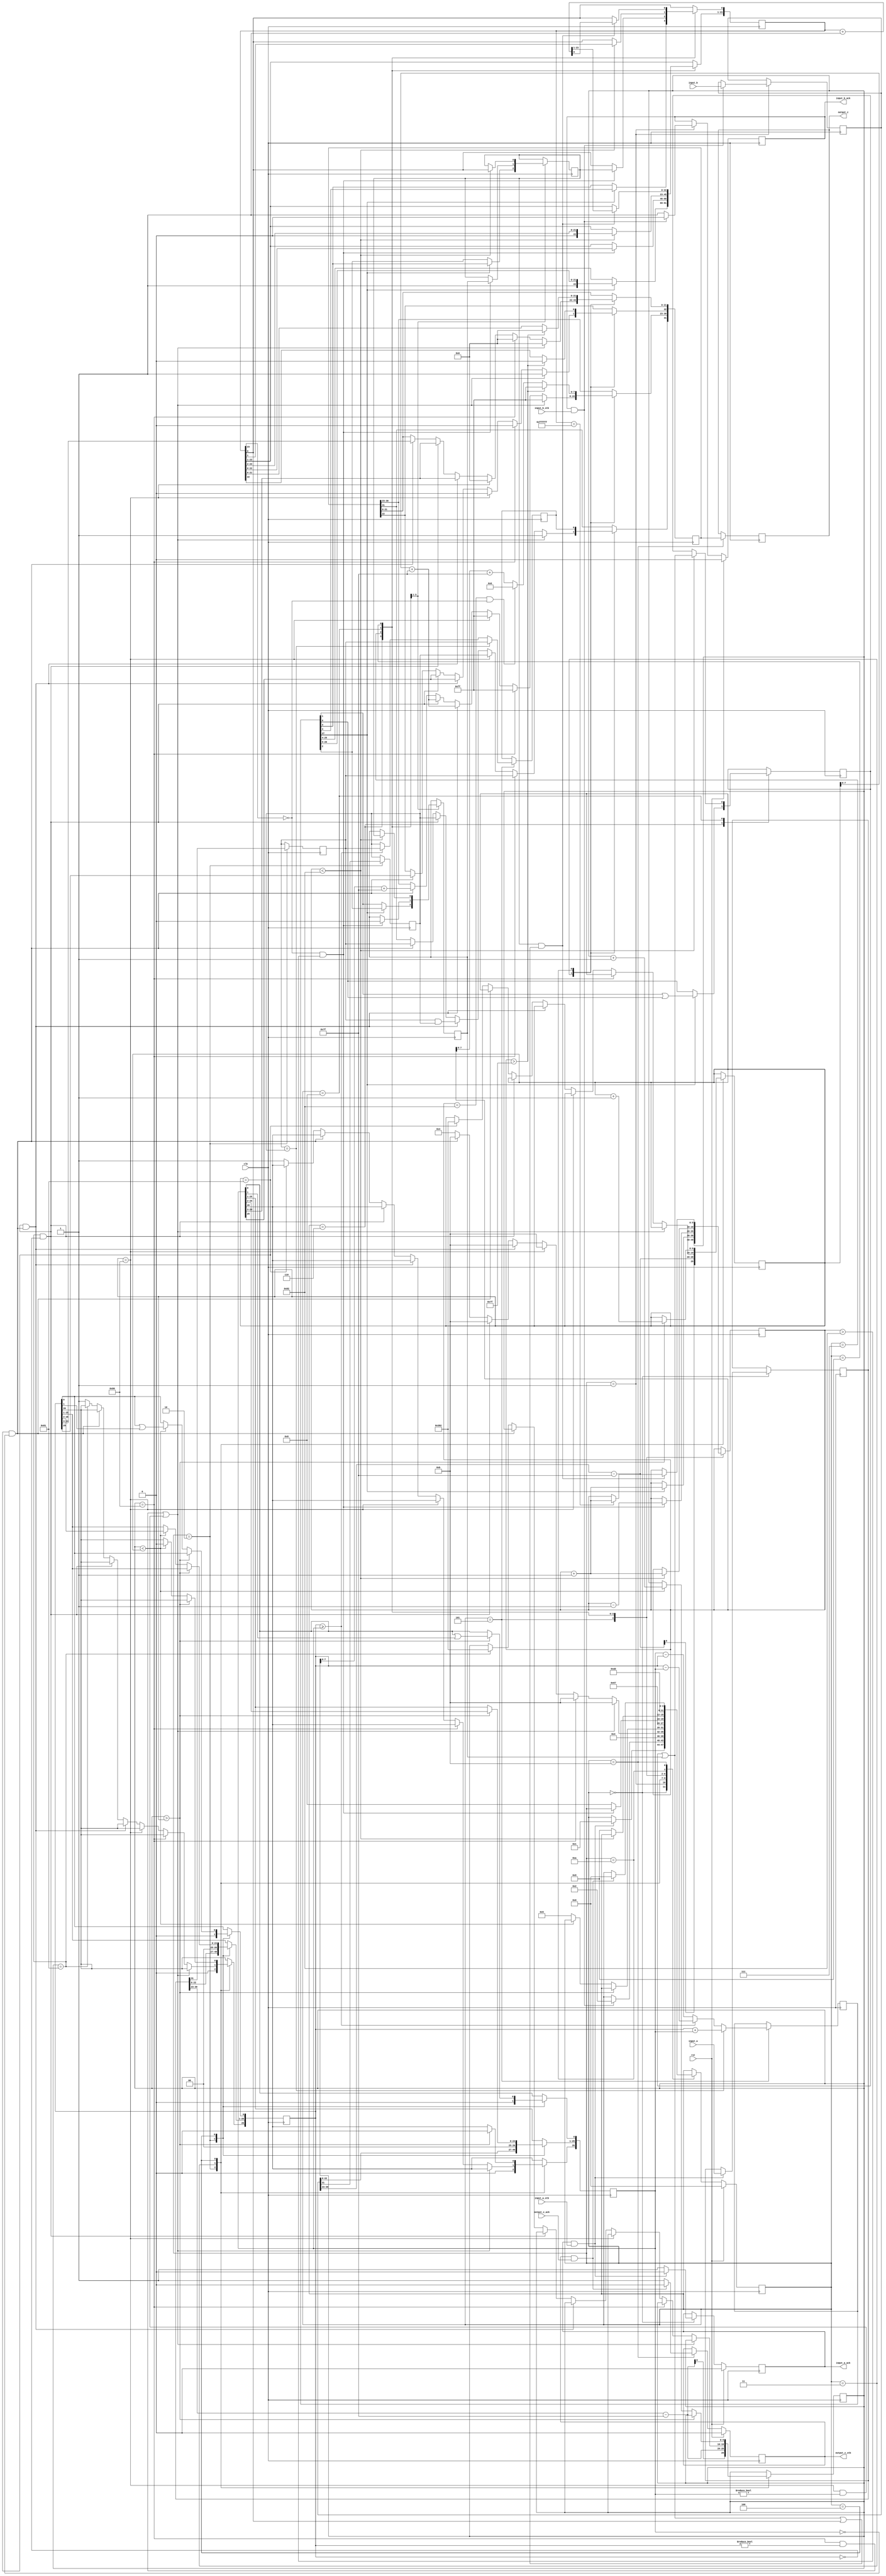
//IEEE Floating Point Adder (Single Precision)
//Copyright (C) Jonathan P Dawson 2013
//2013-12-12

module adder(
        input_a,
        input_b,
        input_a_stb,
        input_b_stb,
        output_z_ack,
        clk,
        rst,
        output_z,
        output_z_stb,
        input_a_ack,
        input_b_ack);

  input     clk;
  input     rst;

  input     [31:0] input_a;
  input     input_a_stb;
  output    input_a_ack;

  input     [31:0] input_b;
  input     input_b_stb;
  output    input_b_ack;

  output    [31:0] output_z;
  output    output_z_stb;
  input     output_z_ack;

  reg       s_output_z_stb;
  reg       [31:0] s_output_z;
  reg       s_input_a_ack;
  reg       s_input_b_ack;

  reg       [3:0] state;
  parameter get_a         = 4'd0,
            get_b         = 4'd1,
            unpack        = 4'd2,
            special_cases = 4'd3,
            align         = 4'd4,
            add_0         = 4'd5,
            add_1         = 4'd6,
            normalise_1   = 4'd7,
            normalise_2   = 4'd8,
            round         = 4'd9,
            pack          = 4'd10,
            put_z         = 4'd11;

  reg       [31:0] a, b, z;
  reg       [26:0] a_m, b_m;
  reg       [23:0] z_m;
  reg       [9:0] a_e, b_e, z_e;
  reg       a_s, b_s, z_s;
  reg       guard, round_bit, sticky;
  reg       [27:0] sum;

  always @(posedge clk)
  begin

    case(state)

      get_a:
      begin
        s_input_a_ack <= 1;
        if (s_input_a_ack && input_a_stb) begin
          a <= input_a;
          s_input_a_ack <= 0;
          state <= get_b;
        end
      end

      get_b:
      begin
        s_input_b_ack <= 1;
        if (s_input_b_ack && input_b_stb) begin
          b <= input_b;
          s_input_b_ack <= 0;
          state <= unpack;
        end
      end

      unpack:
      begin
        a_m <= {a[22 : 0], 3'd0};
        b_m <= {b[22 : 0], 3'd0};
        a_e <= a[30 : 23] - 127;
        b_e <= b[30 : 23] - 127;
        a_s <= a[31];
        b_s <= b[31];
        state <= special_cases;
      end

      special_cases:
      begin
        //if a is NaN or b is NaN return NaN
        if ((a_e == 128 && a_m != 0) || (b_e == 128 && b_m != 0)) begin
          z[31] <= 1;
          z[30:23] <= 255;
          z[22] <= 1;
          z[21:0] <= 0;
          state <= put_z;
        //if a is inf return inf
        end else if (a_e == 128) begin
          z[31] <= a_s;
          z[30:23] <= 255;
          z[22:0] <= 0;
          state <= put_z;
        //if b is inf return inf
        end else if (b_e == 128) begin
          z[31] <= b_s;
          z[30:23] <= 255;
          z[22:0] <= 0;
          state <= put_z;
        //if a is zero return b
        end else if ((($signed(a_e) == -127) && (a_m == 0)) && (($signed(b_e) == -127) && (b_m == 0))) begin
          z[31] <= a_s & b_s;
          z[30:23] <= b_e[7:0] + 127;
          z[22:0] <= b_m[26:3];
          state <= put_z;
        //if a is zero return b
        end else if (($signed(a_e) == -127) && (a_m == 0)) begin
          z[31] <= b_s;
          z[30:23] <= b_e[7:0] + 127;
          z[22:0] <= b_m[26:3];
          state <= put_z;
        //if b is zero return a
        end else if (($signed(b_e) == -127) && (b_m == 0)) begin
          z[31] <= a_s;
          z[30:23] <= a_e[7:0] + 127;
          z[22:0] <= a_m[26:3];
          state <= put_z;
        end else begin
          //Denormalised Number
          if ($signed(a_e) == -127) begin
            a_e <= -126;
          end else begin
            a_m[26] <= 1;
          end
          //Denormalised Number
          if ($signed(b_e) == -127) begin
            b_e <= -126;
          end else begin
            b_m[26] <= 1;
          end
          state <= align;
        end
      end

      align:
      begin
        if ($signed(a_e) > $signed(b_e)) begin
          b_e <= b_e + 1;
          b_m <= b_m >> 1;
          b_m[0] <= b_m[0] | b_m[1];
        end else if ($signed(a_e) < $signed(b_e)) begin
          a_e <= a_e + 1;
          a_m <= a_m >> 1;
          a_m[0] <= a_m[0] | a_m[1];
        end else begin
          state <= add_0;
        end
      end

      add_0:
      begin
        z_e <= a_e;
        if (a_s == b_s) begin
          sum <= a_m + b_m;
          z_s <= a_s;
        end else begin
          if (a_m >= b_m) begin
            sum <= a_m - b_m;
            z_s <= a_s;
          end else begin
            sum <= b_m - a_m;
            z_s <= b_s;
          end
        end
        state <= add_1;
      end

      add_1:
      begin
        if (sum[27]) begin
          z_m <= sum[27:4];
          guard <= sum[3];
          round_bit <= sum[2];
          sticky <= sum[1] | sum[0];
          z_e <= z_e + 1;
        end else begin
          z_m <= sum[26:3];
          guard <= sum[2];
          round_bit <= sum[1];
          sticky <= sum[0];
        end
        state <= normalise_1;
      end

      normalise_1:
      begin
        if (z_m[23] == 0 && $signed(z_e) > -126) begin
          z_e <= z_e - 1;
          z_m <= z_m << 1;
          z_m[0] <= guard;
          guard <= round_bit;
          round_bit <= 0;
        end else begin
          state <= normalise_2;
        end
      end

      normalise_2:
      begin
        if ($signed(z_e) < -126) begin
          z_e <= z_e + 1;
          z_m <= z_m >> 1;
          guard <= z_m[0];
          round_bit <= guard;
          sticky <= sticky | round_bit;
        end else begin
          state <= round;
        end
      end

      round:
      begin
        if (guard && (round_bit | sticky | z_m[0])) begin
          z_m <= z_m + 1;
          if (z_m == 24'hffffff) begin
            z_e <=z_e + 1;
          end
        end
        state <= pack;
      end

      pack:
      begin
        z[22 : 0] <= z_m[22:0];
        z[30 : 23] <= z_e[7:0] + 127;
        z[31] <= z_s;
        if ($signed(z_e) == -126 && z_m[23] == 0) begin
          z[30 : 23] <= 0;
        end
        //if overflow occurs, return inf
        if ($signed(z_e) > 127) begin
          z[22 : 0] <= 0;
          z[30 : 23] <= 255;
          z[31] <= z_s;
        end
        state <= put_z;
      end

      put_z:
      begin
        s_output_z_stb <= 1;
        s_output_z <= z;
        if (s_output_z_stb && output_z_ack) begin
          s_output_z_stb <= 0;
          state <= get_a;
        end
      end

    endcase

    if (rst == 1) begin
      state <= get_a;
      s_input_a_ack <= 0;
      s_input_b_ack <= 0;
      s_output_z_stb <= 0;
    end

  end
  assign input_a_ack = s_input_a_ack;
  assign input_b_ack = s_input_b_ack;
  assign output_z_stb = s_output_z_stb;
  assign output_z = s_output_z;

endmodule

//IEEE Floating Point Divider (Single Precision)
//Copyright (C) Jonathan P Dawson 2013
//2013-12-12
//
module divider(
        input_a,
        input_b,
        input_a_stb,
        input_b_stb,
        output_z_ack,
        clk,
        rst,
        output_z,
        output_z_stb,
        input_a_ack,
        input_b_ack);

  input     clk;
  input     rst;

  input     [31:0] input_a;
  input     input_a_stb;
  output    input_a_ack;

  input     [31:0] input_b;
  input     input_b_stb;
  output    input_b_ack;

  output    [31:0] output_z;
  output    output_z_stb;
  input     output_z_ack;

  reg       s_output_z_stb;
  reg       [31:0] s_output_z;
  reg       s_input_a_ack;
  reg       s_input_b_ack;

  reg       [3:0] state;
  parameter get_a         = 4'd0,
            get_b         = 4'd1,
            unpack        = 4'd2,
            special_cases = 4'd3,
            normalise_a   = 4'd4,
            normalise_b   = 4'd5,
            divide_0      = 4'd6,
            divide_1      = 4'd7,
            divide_2      = 4'd8,
            divide_3      = 4'd9,
            normalise_1   = 4'd10,
            normalise_2   = 4'd11,
            round         = 4'd12,
            pack          = 4'd13,
            put_z         = 4'd14;

  reg       [31:0] a, b, z;
  reg       [23:0] a_m, b_m, z_m;
  reg       [9:0] a_e, b_e, z_e;
  reg       a_s, b_s, z_s;
  reg       guard, round_bit, sticky;
  reg       [50:0] quotient, divisor, dividend, remainder;
  reg       [5:0] count;

  always @(posedge clk)
  begin

    case(state)

      get_a:
      begin
        s_input_a_ack <= 1;
        if (s_input_a_ack && input_a_stb) begin
          a <= input_a;
          s_input_a_ack <= 0;
          state <= get_b;
        end
      end

      get_b:
      begin
        s_input_b_ack <= 1;
        if (s_input_b_ack && input_b_stb) begin
          b <= input_b;
          s_input_b_ack <= 0;
          state <= unpack;
        end
      end

      unpack:
      begin
        a_m <= a[22 : 0];
        b_m <= b[22 : 0];
        a_e <= a[30 : 23] - 127;
        b_e <= b[30 : 23] - 127;
        a_s <= a[31];
        b_s <= b[31];
        state <= special_cases;
      end

      special_cases:
      begin
        //if a is NaN or b is NaN return NaN
        if ((a_e == 128 && a_m != 0) || (b_e == 128 && b_m != 0)) begin
          z[31] <= 1;
          z[30:23] <= 255;
          z[22] <= 1;
          z[21:0] <= 0;
          state <= put_z;
          //if a is inf and b is inf return NaN
        end else if ((a_e == 128) && (b_e == 128)) begin
          z[31] <= 1;
          z[30:23] <= 255;
          z[22] <= 1;
          z[21:0] <= 0;
          state <= put_z;
        //if a is inf return inf
        end else if (a_e == 128) begin
          z[31] <= a_s ^ b_s;
          z[30:23] <= 255;
          z[22:0] <= 0;
          state <= put_z;
           //if b is zero return NaN
          if ($signed(b_e == -127) && (b_m == 0)) begin
            z[31] <= 1;
            z[30:23] <= 255;
            z[22] <= 1;
            z[21:0] <= 0;
            state <= put_z;
          end
        //if b is inf return zero
        end else if (b_e == 128) begin
          z[31] <= a_s ^ b_s;
          z[30:23] <= 0;
          z[22:0] <= 0;
          state <= put_z;
        //if a is zero return zero
        end else if (($signed(a_e) == -127) && (a_m == 0)) begin
          z[31] <= a_s ^ b_s;
          z[30:23] <= 0;
          z[22:0] <= 0;
          state <= put_z;
           //if b is zero return NaN
          if (($signed(b_e) == -127) && (b_m == 0)) begin
            z[31] <= 1;
            z[30:23] <= 255;
            z[22] <= 1;
            z[21:0] <= 0;
            state <= put_z;
          end
        //if b is zero return inf
        end else if (($signed(b_e) == -127) && (b_m == 0)) begin
          z[31] <= a_s ^ b_s;
          z[30:23] <= 255;
          z[22:0] <= 0;
          state <= put_z;
        end else begin
          //Denormalised Number
          if ($signed(a_e) == -127) begin
            a_e <= -126;
          end else begin
            a_m[23] <= 1;
          end
          //Denormalised Number
          if ($signed(b_e) == -127) begin
            b_e <= -126;
          end else begin
            b_m[23] <= 1;
          end
          state <= normalise_a;
        end
      end

      normalise_a:
      begin
        if (a_m[23]) begin
          state <= normalise_b;
        end else begin
          a_m <= a_m << 1;
          a_e <= a_e - 1;
        end
      end

      normalise_b:
      begin
        if (b_m[23]) begin
          state <= divide_0;
        end else begin
          b_m <= b_m << 1;
          b_e <= b_e - 1;
        end
      end

      divide_0:
      begin
        z_s <= a_s ^ b_s;
        z_e <= a_e - b_e;
        quotient <= 0;
        remainder <= 0;
        count <= 0;
        dividend <= a_m << 27;
        divisor <= b_m;
        state <= divide_1;
      end

      divide_1:
      begin
        quotient <= quotient << 1;
        remainder <= remainder << 1;
        remainder[0] <= dividend[50];
        dividend <= dividend << 1;
        state <= divide_2;
      end

      divide_2:
      begin
        if (remainder >= divisor) begin
          quotient[0] <= 1;
          remainder <= remainder - divisor;
        end
        if (count == 49) begin
          state <= divide_3;
        end else begin
          count <= count + 1;
          state <= divide_1;
        end
      end

      divide_3:
      begin
        z_m <= quotient[26:3];
        guard <= quotient[2];
        round_bit <= quotient[1];
        sticky <= quotient[0] | (remainder != 0);
        state <= normalise_1;
      end

      normalise_1:
      begin
        if (z_m[23] == 0 && $signed(z_e) > -126) begin
          z_e <= z_e - 1;
          z_m <= z_m << 1;
          z_m[0] <= guard;
          guard <= round_bit;
          round_bit <= 0;
        end else begin
          state <= normalise_2;
        end
      end

      normalise_2:
      begin
        if ($signed(z_e) < -126) begin
          z_e <= z_e + 1;
          z_m <= z_m >> 1;
          guard <= z_m[0];
          round_bit <= guard;
          sticky <= sticky | round_bit;
        end else begin
          state <= round;
        end
      end

      round:
      begin
        if (guard && (round_bit | sticky | z_m[0])) begin
          z_m <= z_m + 1;
          if (z_m == 24'hffffff) begin
            z_e <=z_e + 1;
          end
        end
        state <= pack;
      end

      pack:
      begin
        z[22 : 0] <= z_m[22:0];
        z[30 : 23] <= z_e[7:0] + 127;
        z[31] <= z_s;
        if ($signed(z_e) == -126 && z_m[23] == 0) begin
          z[30 : 23] <= 0;
        end
        //if overflow occurs, return inf
        if ($signed(z_e) > 127) begin
          z[22 : 0] <= 0;
          z[30 : 23] <= 255;
          z[31] <= z_s;
        end
        state <= put_z;
      end

      put_z:
      begin
        s_output_z_stb <= 1;
        s_output_z <= z;
        if (s_output_z_stb && output_z_ack) begin
          s_output_z_stb <= 0;
          state <= get_a;
        end
      end

    endcase

    if (rst == 1) begin
      state <= get_a;
      s_input_a_ack <= 0;
      s_input_b_ack <= 0;
      s_output_z_stb <= 0;
    end

  end
  assign input_a_ack = s_input_a_ack;
  assign input_b_ack = s_input_b_ack;
  assign output_z_stb = s_output_z_stb;
  assign output_z = s_output_z;

endmodule

//IEEE Floating Point Multiplier (Single Precision)
//Copyright (C) Jonathan P Dawson 2013
//2013-12-12
module multiplier(
        input_a,
        input_b,
        input_a_stb,
        input_b_stb,
        output_z_ack,
        clk,
        rst,
        output_z,
        output_z_stb,
        input_a_ack,
        input_b_ack);

  input     clk;
  input     rst;

  input     [31:0] input_a;
  input     input_a_stb;
  output    input_a_ack;

  input     [31:0] input_b;
  input     input_b_stb;
  output    input_b_ack;

  output    [31:0] output_z;
  output    output_z_stb;
  input     output_z_ack;

  reg       s_output_z_stb;
  reg       [31:0] s_output_z;
  reg       s_input_a_ack;
  reg       s_input_b_ack;

  reg       [3:0] state;
  parameter get_a         = 4'd0,
            get_b         = 4'd1,
            unpack        = 4'd2,
            special_cases = 4'd3,
            normalise_a   = 4'd4,
            normalise_b   = 4'd5,
            multiply_0    = 4'd6,
            multiply_1    = 4'd7,
            normalise_1   = 4'd8,
            normalise_2   = 4'd9,
            round         = 4'd10,
            pack          = 4'd11,
            put_z         = 4'd12;

  reg       [31:0] a, b, z;
  reg       [23:0] a_m, b_m, z_m;
  reg       [9:0] a_e, b_e, z_e;
  reg       a_s, b_s, z_s;
  reg       guard, round_bit, sticky;
  reg       [49:0] product;

  always @(posedge clk)
  begin

    case(state)

      get_a:
      begin
        s_input_a_ack <= 1;
        if (s_input_a_ack && input_a_stb) begin
          a <= input_a;
          s_input_a_ack <= 0;
          state <= get_b;
        end
      end

      get_b:
      begin
        s_input_b_ack <= 1;
        if (s_input_b_ack && input_b_stb) begin
          b <= input_b;
          s_input_b_ack <= 0;
          state <= unpack;
        end
      end

      unpack:
      begin
        a_m <= a[22 : 0];
        b_m <= b[22 : 0];
        a_e <= a[30 : 23] - 127;
        b_e <= b[30 : 23] - 127;
        a_s <= a[31];
        b_s <= b[31];
        state <= special_cases;
      end

      special_cases:
      begin
        //if a is NaN or b is NaN return NaN
        if ((a_e == 128 && a_m != 0) || (b_e == 128 && b_m != 0)) begin
          z[31] <= 1;
          z[30:23] <= 255;
          z[22] <= 1;
          z[21:0] <= 0;
          state <= put_z;
        //if a is inf return inf
        end else if (a_e == 128) begin
          z[31] <= a_s ^ b_s;
          z[30:23] <= 255;
          z[22:0] <= 0;
          state <= put_z;
           //if b is zero return NaN
          if ($signed(b_e == -127) && (b_m == 0)) begin
            z[31] <= 1;
            z[30:23] <= 255;
            z[22] <= 1;
            z[21:0] <= 0;
            state <= put_z;
          end
        //if b is inf return inf
        end else if (b_e == 128) begin
          z[31] <= a_s ^ b_s;
          z[30:23] <= 255;
          z[22:0] <= 0;
          state <= put_z;
        //if a is zero return zero
        end else if (($signed(a_e) == -127) && (a_m == 0)) begin
          z[31] <= a_s ^ b_s;
          z[30:23] <= 0;
          z[22:0] <= 0;
          state <= put_z;
        //if b is zero return zero
        end else if (($signed(b_e) == -127) && (b_m == 0)) begin
          z[31] <= a_s ^ b_s;
          z[30:23] <= 0;
          z[22:0] <= 0;
          state <= put_z;
        end else begin
          //Denormalised Number
          if ($signed(a_e) == -127) begin
            a_e <= -126;
          end else begin
            a_m[23] <= 1;
          end
          //Denormalised Number
          if ($signed(b_e) == -127) begin
            b_e <= -126;
          end else begin
            b_m[23] <= 1;
          end
          state <= normalise_a;
        end
      end

      normalise_a:
      begin
        if (a_m[23]) begin
          state <= normalise_b;
        end else begin
          a_m <= a_m << 1;
          a_e <= a_e - 1;
        end
      end

      normalise_b:
      begin
        if (b_m[23]) begin
          state <= multiply_0;
        end else begin
          b_m <= b_m << 1;
          b_e <= b_e - 1;
        end
      end

      multiply_0:
      begin
        z_s <= a_s ^ b_s;
        z_e <= a_e + b_e + 1;
        product <= a_m * b_m * 4;
        state <= multiply_1;
      end

      multiply_1:
      begin
        z_m <= product[49:26];
        guard <= product[25];
        round_bit <= product[24];
        sticky <= (product[23:0] != 0);
        state <= normalise_1;
      end

      normalise_1:
      begin
        if (z_m[23] == 0) begin
          z_e <= z_e - 1;
          z_m <= z_m << 1;
          z_m[0] <= guard;
          guard <= round_bit;
          round_bit <= 0;
        end else begin
          state <= normalise_2;
        end
      end

      normalise_2:
      begin
        if ($signed(z_e) < -126) begin
          z_e <= z_e + 1;
          z_m <= z_m >> 1;
          guard <= z_m[0];
          round_bit <= guard;
          sticky <= sticky | round_bit;
        end else begin
          state <= round;
        end
      end

      round:
      begin
        if (guard && (round_bit | sticky | z_m[0])) begin
          z_m <= z_m + 1;
          if (z_m == 24'hffffff) begin
            z_e <=z_e + 1;
          end
        end
        state <= pack;
      end

      pack:
      begin
        z[22 : 0] <= z_m[22:0];
        z[30 : 23] <= z_e[7:0] + 127;
        z[31] <= z_s;
        if ($signed(z_e) == -126 && z_m[23] == 0) begin
          z[30 : 23] <= 0;
        end
        //if overflow occurs, return inf
        if ($signed(z_e) > 127) begin
          z[22 : 0] <= 0;
          z[30 : 23] <= 255;
          z[31] <= z_s;
        end
        state <= put_z;
      end

      put_z:
      begin
        s_output_z_stb <= 1;
        s_output_z <= z;
        if (s_output_z_stb && output_z_ack) begin
          s_output_z_stb <= 0;
          state <= get_a;
        end
      end

    endcase

    if (rst == 1) begin
      state <= get_a;
      s_input_a_ack <= 0;
      s_input_b_ack <= 0;
      s_output_z_stb <= 0;
    end

  end
  assign input_a_ack = s_input_a_ack;
  assign input_b_ack = s_input_b_ack;
  assign output_z_stb = s_output_z_stb;
  assign output_z = s_output_z;

endmodule

//IEEE Floating Point Divider (Double Precision)
//Copyright (C) Jonathan P Dawson 2014
//2014-01-11
//
module double_divider(
        input_a,
        input_b,
        input_a_stb,
        input_b_stb,
        output_z_ack,
        clk,
        rst,
        output_z,
        output_z_stb,
        input_a_ack,
        input_b_ack);

  input     clk;
  input     rst;

  input     [63:0] input_a;
  input     input_a_stb;
  output    input_a_ack;

  input     [63:0] input_b;
  input     input_b_stb;
  output    input_b_ack;

  output    [63:0] output_z;
  output    output_z_stb;
  input     output_z_ack;

  reg       s_output_z_stb;
  reg       [63:0] s_output_z;
  reg       s_input_a_ack;
  reg       s_input_b_ack;

  reg       [3:0] state;
  parameter get_a         = 4'd0,
            get_b         = 4'd1,
            unpack        = 4'd2,
            special_cases = 4'd3,
            normalise_a   = 4'd4,
            normalise_b   = 4'd5,
            divide_0      = 4'd6,
            divide_1      = 4'd7,
            divide_2      = 4'd8,
            divide_3      = 4'd9,
            normalise_1   = 4'd10,
            normalise_2   = 4'd11,
            round         = 4'd12,
            pack          = 4'd13,
            put_z         = 4'd14;

  reg       [63:0] a, b, z;
  reg       [52:0] a_m, b_m, z_m;
  reg       [12:0] a_e, b_e, z_e;
  reg       a_s, b_s, z_s;
  reg       guard, round_bit, sticky;
  reg       [108:0] quotient, divisor, dividend, remainder;
  reg       [6:0] count;

  always @(posedge clk)
  begin

    case(state)

      get_a:
      begin
        s_input_a_ack <= 1;
        if (s_input_a_ack && input_a_stb) begin
          a <= input_a;
          s_input_a_ack <= 0;
          state <= get_b;
        end
      end

      get_b:
      begin
        s_input_b_ack <= 1;
        if (s_input_b_ack && input_b_stb) begin
          b <= input_b;
          s_input_b_ack <= 0;
          state <= unpack;
        end
      end

      unpack:
      begin
        a_m <= a[51 : 0];
        b_m <= b[51 : 0];
        a_e <= a[62 : 52] - 1023;
        b_e <= b[62 : 52] - 1023;
        a_s <= a[63];
        b_s <= b[63];
        state <= special_cases;
      end

      special_cases:
      begin
        //if a is NaN or b is NaN return NaN
        if ((a_e == 1024 && a_m != 0) || (b_e == 1024 && b_m != 0)) begin
          z[63] <= 1;
          z[62:52] <= 2047;
          z[51] <= 1;
          z[50:0] <= 0;
          state <= put_z;
          //if a is inf and b is inf return NaN
        end else if ((a_e == 1024) && (b_e == 1024)) begin
          z[63] <= 1;
          z[62:52] <= 2047;
          z[51] <= 1;
          z[50:0] <= 0;
          state <= put_z;
        //if a is inf return inf
        end else if (a_e == 1024) begin
          z[63] <= a_s ^ b_s;
          z[62:52] <= 2047;
          z[51:0] <= 0;
          state <= put_z;
           //if b is zero return NaN
          if ($signed(b_e == -1023) && (b_m == 0)) begin
            z[63] <= 1;
            z[62:52] <= 2047;
            z[51] <= 1;
            z[50:0] <= 0;
            state <= put_z;
          end
        //if b is inf return zero
        end else if (b_e == 1024) begin
          z[63] <= a_s ^ b_s;
          z[62:52] <= 0;
          z[51:0] <= 0;
          state <= put_z;
        //if a is zero return zero
        end else if (($signed(a_e) == -1023) && (a_m == 0)) begin
          z[63] <= a_s ^ b_s;
          z[62:52] <= 0;
          z[51:0] <= 0;
          state <= put_z;
           //if b is zero return NaN
          if (($signed(b_e) == -1023) && (b_m == 0)) begin
            z[63] <= 1;
            z[62:52] <= 2047;
            z[51] <= 1;
            z[50:0] <= 0;
            state <= put_z;
          end
        //if b is zero return inf
        end else if (($signed(b_e) == -1023) && (b_m == 0)) begin
          z[63] <= a_s ^ b_s;
          z[62:52] <= 2047;
          z[51:0] <= 0;
          state <= put_z;
        end else begin
          //Denormalised Number
          if ($signed(a_e) == -1023) begin
            a_e <= -1022;
          end else begin
            a_m[52] <= 1;
          end
          //Denormalised Number
          if ($signed(b_e) == -1023) begin
            b_e <= -1022;
          end else begin
            b_m[52] <= 1;
          end
          state <= normalise_a;
        end
      end

      normalise_a:
      begin
        if (a_m[52]) begin
          state <= normalise_b;
        end else begin
          a_m <= a_m << 1;
          a_e <= a_e - 1;
        end
      end

      normalise_b:
      begin
        if (b_m[52]) begin
          state <= divide_0;
        end else begin
          b_m <= b_m << 1;
          b_e <= b_e - 1;
        end
      end

      divide_0:
      begin
        z_s <= a_s ^ b_s;
        z_e <= a_e - b_e;
        quotient <= 0;
        remainder <= 0;
        count <= 0;
        dividend <= a_m << 56;
        divisor <= b_m;
        state <= divide_1;
      end

      divide_1:
      begin
        quotient <= quotient << 1;
        remainder <= remainder << 1;
        remainder[0] <= dividend[108];
        dividend <= dividend << 1;
        state <= divide_2;
      end

      divide_2:
      begin
        if (remainder >= divisor) begin
          quotient[0] <= 1;
          remainder <= remainder - divisor;
        end
        if (count == 107) begin
          state <= divide_3;
        end else begin
          count <= count + 1;
          state <= divide_1;
        end
      end

      divide_3:
      begin
        z_m <= quotient[55:3];
        guard <= quotient[2];
        round_bit <= quotient[1];
        sticky <= quotient[0] | (remainder != 0);
        state <= normalise_1;
      end

      normalise_1:
      begin
        if (z_m[52] == 0 && $signed(z_e) > -1022) begin
          z_e <= z_e - 1;
          z_m <= z_m << 1;
          z_m[0] <= guard;
          guard <= round_bit;
          round_bit <= 0;
        end else begin
          state <= normalise_2;
        end
      end

      normalise_2:
      begin
        if ($signed(z_e) < -1022) begin
          z_e <= z_e + 1;
          z_m <= z_m >> 1;
          guard <= z_m[0];
          round_bit <= guard;
          sticky <= sticky | round_bit;
        end else begin
          state <= round;
        end
      end

      round:
      begin
        if (guard && (round_bit | sticky | z_m[0])) begin
          z_m <= z_m + 1;
          if (z_m == 53'hffffff) begin
            z_e <=z_e + 1;
          end
        end
        state <= pack;
      end

      pack:
      begin
        z[51 : 0] <= z_m[51:0];
        z[62 : 52] <= z_e[10:0] + 1023;
        z[63] <= z_s;
        if ($signed(z_e) == -1022 && z_m[52] == 0) begin
          z[62 : 52] <= 0;
        end
        //if overflow occurs, return inf
        if ($signed(z_e) > 1023) begin
          z[51 : 0] <= 0;
          z[62 : 52] <= 2047;
          z[63] <= z_s;
        end
        state <= put_z;
      end

      put_z:
      begin
        s_output_z_stb <= 1;
        s_output_z <= z;
        if (s_output_z_stb && output_z_ack) begin
          s_output_z_stb <= 0;
          state <= get_a;
        end
      end

    endcase

    if (rst == 1) begin
      state <= get_a;
      s_input_a_ack <= 0;
      s_input_b_ack <= 0;
      s_output_z_stb <= 0;
    end

  end
  assign input_a_ack = s_input_a_ack;
  assign input_b_ack = s_input_b_ack;
  assign output_z_stb = s_output_z_stb;
  assign output_z = s_output_z;

endmodule

//IEEE Floating Point Multiplier (Double Precision)
//Copyright (C) Jonathan P Dawson 2014
//2014-01-10
module double_multiplier(
        input_a,
        input_b,
        input_a_stb,
        input_b_stb,
        output_z_ack,
        clk,
        rst,
        output_z,
        output_z_stb,
        input_a_ack,
        input_b_ack);

  input     clk;
  input     rst;

  input     [63:0] input_a;
  input     input_a_stb;
  output    input_a_ack;

  input     [63:0] input_b;
  input     input_b_stb;
  output    input_b_ack;

  output    [63:0] output_z;
  output    output_z_stb;
  input     output_z_ack;

  reg       s_output_z_stb;
  reg       [63:0] s_output_z;
  reg       s_input_a_ack;
  reg       s_input_b_ack;

  reg       [3:0] state;
  parameter get_a         = 4'd0,
            get_b         = 4'd1,
            unpack        = 4'd2,
            special_cases = 4'd3,
            normalise_a   = 4'd4,
            normalise_b   = 4'd5,
            multiply_0    = 4'd6,
            multiply_1    = 4'd7,
            normalise_1   = 4'd8,
            normalise_2   = 4'd9,
            round         = 4'd10,
            pack          = 4'd11,
            put_z         = 4'd12;

  reg       [63:0] a, b, z;
  reg       [52:0] a_m, b_m, z_m;
  reg       [12:0] a_e, b_e, z_e;
  reg       a_s, b_s, z_s;
  reg       guard, round_bit, sticky;
  reg       [107:0] product;

  always @(posedge clk)
  begin

    case(state)

      get_a:
      begin
        s_input_a_ack <= 1;
        if (s_input_a_ack && input_a_stb) begin
          a <= input_a;
          s_input_a_ack <= 0;
          state <= get_b;
        end
      end

      get_b:
      begin
        s_input_b_ack <= 1;
        if (s_input_b_ack && input_b_stb) begin
          b <= input_b;
          s_input_b_ack <= 0;
          state <= unpack;
        end
      end

      unpack:
      begin
        a_m <= a[51 : 0];
        b_m <= b[51 : 0];
        a_e <= a[62 : 52] - 1023;
        b_e <= b[62 : 52] - 1023;
        a_s <= a[63];
        b_s <= b[63];
        state <= special_cases;
      end

      special_cases:
      begin
        //if a is NaN or b is NaN return NaN
        if ((a_e == 1024 && a_m != 0) || (b_e == 1024 && b_m != 0)) begin
          z[63] <= 1;
          z[62:52] <= 2047;
          z[51] <= 1;
          z[50:0] <= 0;
          state <= put_z;
        //if a is inf return inf
        end else if (a_e == 1024) begin
          z[63] <= a_s ^ b_s;
          z[62:52] <= 2047;
          z[51:0] <= 0;
          state <= put_z;
           //if b is zero return NaN
          if ($signed(b_e == -1023) && (b_m == 0)) begin
            z[63] <= 1;
            z[62:52] <= 2047;
            z[51] <= 1;
            z[50:0] <= 0;
            state <= put_z;
          end
        //if b is inf return inf
        end else if (b_e == 1024) begin
          z[63] <= a_s ^ b_s;
          z[62:52] <= 2047;
          z[51:0] <= 0;
          state <= put_z;
        //if a is zero return zero
        end else if (($signed(a_e) == -1023) && (a_m == 0)) begin
          z[63] <= a_s ^ b_s;
          z[62:52] <= 0;
          z[51:0] <= 0;
          state <= put_z;
        //if b is zero return zero
        end else if (($signed(b_e) == -1023) && (b_m == 0)) begin
          z[63] <= a_s ^ b_s;
          z[62:52] <= 0;
          z[51:0] <= 0;
          state <= put_z;
        end else begin
          //Denormalised Number
          if ($signed(a_e) == -1023) begin
            a_e <= -1022;
          end else begin
            a_m[52] <= 1;
          end
          //Denormalised Number
          if ($signed(b_e) == -1023) begin
            b_e <= -1022;
          end else begin
            b_m[52] <= 1;
          end
          state <= normalise_a;
        end
      end

      normalise_a:
      begin
        if (a_m[52]) begin
          state <= normalise_b;
        end else begin
          a_m <= a_m << 1;
          a_e <= a_e - 1;
        end
      end

      normalise_b:
      begin
        if (b_m[52]) begin
          state <= multiply_0;
        end else begin
          b_m <= b_m << 1;
          b_e <= b_e - 1;
        end
      end

      multiply_0:
      begin
        z_s <= a_s ^ b_s;
        z_e <= a_e + b_e + 1;
        product <= a_m * b_m * 4;
        state <= multiply_1;
      end

      multiply_1:
      begin
        z_m <= product[107:55];
        guard <= product[54];
        round_bit <= product[53];
        sticky <= (product[52:0] != 0);
        state <= normalise_1;
      end

      normalise_1:
      begin
        if (z_m[52] == 0) begin
          z_e <= z_e - 1;
          z_m <= z_m << 1;
          z_m[0] <= guard;
          guard <= round_bit;
          round_bit <= 0;
        end else begin
          state <= normalise_2;
        end
      end

      normalise_2:
      begin
        if ($signed(z_e) < -1022) begin
          z_e <= z_e + 1;
          z_m <= z_m >> 1;
          guard <= z_m[0];
          round_bit <= guard;
          sticky <= sticky | round_bit;
        end else begin
          state <= round;
        end
      end

      round:
      begin
        if (guard && (round_bit | sticky | z_m[0])) begin
          z_m <= z_m + 1;
          if (z_m == 53'hffffff) begin
            z_e <=z_e + 1;
          end
        end
        state <= pack;
      end

      pack:
      begin
        z[51 : 0] <= z_m[51:0];
        z[62 : 52] <= z_e[11:0] + 1023;
        z[63] <= z_s;
        if ($signed(z_e) == -1022 && z_m[52] == 0) begin
          z[62 : 52] <= 0;
        end
        //if overflow occurs, return inf
        if ($signed(z_e) > 1023) begin
          z[51 : 0] <= 0;
          z[62 : 52] <= 2047;
          z[63] <= z_s;
        end
        state <= put_z;
      end

      put_z:
      begin
        s_output_z_stb <= 1;
        s_output_z <= z;
        if (s_output_z_stb && output_z_ack) begin
          s_output_z_stb <= 0;
          state <= get_a;
        end
      end

    endcase

    if (rst == 1) begin
      state <= get_a;
      s_input_a_ack <= 0;
      s_input_b_ack <= 0;
      s_output_z_stb <= 0;
    end

  end
  assign input_a_ack = s_input_a_ack;
  assign input_b_ack = s_input_b_ack;
  assign output_z_stb = s_output_z_stb;
  assign output_z = s_output_z;

endmodule

//IEEE Floating Point Adder (Double Precision)
//Copyright (C) Jonathan P Dawson 2013
//2013-12-12

module double_adder(
        input_a,
        input_b,
        input_a_stb,
        input_b_stb,
        output_z_ack,
        clk,
        rst,
        output_z,
        output_z_stb,
        input_a_ack,
        input_b_ack);

  input     clk;
  input     rst;

  input     [63:0] input_a;
  input     input_a_stb;
  output    input_a_ack;

  input     [63:0] input_b;
  input     input_b_stb;
  output    input_b_ack;

  output    [63:0] output_z;
  output    output_z_stb;
  input     output_z_ack;

  reg       s_output_z_stb;
  reg       [63:0] s_output_z;
  reg       s_input_a_ack;
  reg       s_input_b_ack;

  reg       [3:0] state;
  parameter get_a         = 4'd0,
            get_b         = 4'd1,
            unpack        = 4'd2,
            special_cases = 4'd3,
            align         = 4'd4,
            add_0         = 4'd5,
            add_1         = 4'd6,
            normalise_1   = 4'd7,
            normalise_2   = 4'd8,
            round         = 4'd9,
            pack          = 4'd10,
            put_z         = 4'd11;

  reg       [63:0] a, b, z;
  reg       [55:0] a_m, b_m;
  reg       [52:0] z_m;
  reg       [12:0] a_e, b_e, z_e;
  reg       a_s, b_s, z_s;
  reg       guard, round_bit, sticky;
  reg       [56:0] sum;

  always @(posedge clk)
  begin

    case(state)

      get_a:
      begin
        s_input_a_ack <= 1;
        if (s_input_a_ack && input_a_stb) begin
          a <= input_a;
          s_input_a_ack <= 0;
          state <= get_b;
        end
      end

      get_b:
      begin
        s_input_b_ack <= 1;
        if (s_input_b_ack && input_b_stb) begin
          b <= input_b;
          s_input_b_ack <= 0;
          state <= unpack;
        end
      end

      unpack:
      begin
        a_m <= {a[51 : 0], 3'd0};
        b_m <= {b[51 : 0], 3'd0};
        a_e <= a[62 : 52] - 1023;
        b_e <= b[62 : 52] - 1023;
        a_s <= a[63];
        b_s <= b[63];
        state <= special_cases;
      end

      special_cases:
      begin
        //if a is NaN or b is NaN return NaN
        if ((a_e == 1024 && a_m != 0) || (b_e == 1024 && b_m != 0)) begin
          z[63] <= 1;
          z[62:52] <= 2047;
          z[51] <= 1;
          z[50:0] <= 0;
          state <= put_z;
        //if a is inf return inf
        end else if (a_e == 1024) begin
          z[63] <= a_s;
          z[62:52] <= 2047;
          z[51:0] <= 0;
          state <= put_z;
        //if b is inf return inf
        end else if (b_e == 1024) begin
          z[63] <= b_s;
          z[62:52] <= 2047;
          z[51:0] <= 0;
          state <= put_z;
        //if a is zero return b
        end else if ((($signed(a_e) == -1023) && (a_m == 0)) && (($signed(b_e) == -1023) && (b_m == 0))) begin
          z[63] <= a_s & b_s;
          z[62:52] <= b_e[10:0] + 1023;
          z[51:0] <= b_m[55:3];
          state <= put_z;
        //if a is zero return b
        end else if (($signed(a_e) == -1023) && (a_m == 0)) begin
          z[63] <= b_s;
          z[62:52] <= b_e[10:0] + 1023;
          z[51:0] <= b_m[55:3];
          state <= put_z;
        //if b is zero return a
        end else if (($signed(b_e) == -1023) && (b_m == 0)) begin
          z[63] <= a_s;
          z[62:52] <= a_e[10:0] + 1023;
          z[51:0] <= a_m[55:3];
          state <= put_z;
        end else begin
          //Denormalised Number
          if ($signed(a_e) == -1023) begin
            a_e <= -1022;
          end else begin
            a_m[55] <= 1;
          end
          //Denormalised Number
          if ($signed(b_e) == -1023) begin
            b_e <= -1022;
          end else begin
            b_m[55] <= 1;
          end
          state <= align;
        end
      end

      align:
      begin
        if ($signed(a_e) > $signed(b_e)) begin
          b_e <= b_e + 1;
          b_m <= b_m >> 1;
          b_m[0] <= b_m[0] | b_m[1];
        end else if ($signed(a_e) < $signed(b_e)) begin
          a_e <= a_e + 1;
          a_m <= a_m >> 1;
          a_m[0] <= a_m[0] | a_m[1];
        end else begin
          state <= add_0;
        end
      end

      add_0:
      begin
        z_e <= a_e;
        if (a_s == b_s) begin
          sum <= {1'd0, a_m} + b_m;
          z_s <= a_s;
        end else begin
          if (a_m > b_m) begin
            sum <= {1'd0, a_m} - b_m;
            z_s <= a_s;
          end else begin
            sum <= {1'd0, b_m} - a_m;
            z_s <= b_s;
          end
        end
        state <= add_1;
      end

      add_1:
      begin
        if (sum[56]) begin
          z_m <= sum[56:4];
          guard <= sum[3];
          round_bit <= sum[2];
          sticky <= sum[1] | sum[0];
          z_e <= z_e + 1;
        end else begin
          z_m <= sum[55:3];
          guard <= sum[2];
          round_bit <= sum[1];
          sticky <= sum[0];
        end
        state <= normalise_1;
      end

      normalise_1:
      begin
        if (z_m[52] == 0 && $signed(z_e) > -1022) begin
          z_e <= z_e - 1;
          z_m <= z_m << 1;
          z_m[0] <= guard;
          guard <= round_bit;
          round_bit <= 0;
        end else begin
          state <= normalise_2;
        end
      end

      normalise_2:
      begin
        if ($signed(z_e) < -1022) begin
          z_e <= z_e + 1;
          z_m <= z_m >> 1;
          guard <= z_m[0];
          round_bit <= guard;
          sticky <= sticky | round_bit;
        end else begin
          state <= round;
        end
      end

      round:
      begin
        if (guard && (round_bit | sticky | z_m[0])) begin
          z_m <= z_m + 1;
          if (z_m == 53'h1fffffffffffff) begin
            z_e <=z_e + 1;
          end
        end
        state <= pack;
      end

      pack:
      begin
        z[51 : 0] <= z_m[51:0];
        z[62 : 52] <= z_e[10:0] + 1023;
        z[63] <= z_s;
        if ($signed(z_e) == -1022 && z_m[52] == 0) begin
          z[62 : 52] <= 0;
        end
        //if overflow occurs, return inf
        if ($signed(z_e) > 1023) begin
          z[51 : 0] <= 0;
          z[62 : 52] <= 2047;
          z[63] <= z_s;
        end
        state <= put_z;
      end

      put_z:
      begin
        s_output_z_stb <= 1;
        s_output_z <= z;
        if (s_output_z_stb && output_z_ack) begin
          s_output_z_stb <= 0;
          state <= get_a;
        end
      end

    endcase

    if (rst == 1) begin
      state <= get_a;
      s_input_a_ack <= 0;
      s_input_b_ack <= 0;
      s_output_z_stb <= 0;
    end

  end
  assign input_a_ack = s_input_a_ack;
  assign input_b_ack = s_input_b_ack;
  assign output_z_stb = s_output_z_stb;
  assign output_z = s_output_z;

endmodule

//Integer to IEEE Floating Point Converter (Single Precision)
//Copyright (C) Jonathan P Dawson 2013
//2013-12-12
module int_to_float(
        input_a,
        input_a_stb,
        output_z_ack,
        clk,
        rst,
        output_z,
        output_z_stb,
        input_a_ack);

  input     clk;
  input     rst;

  input     [31:0] input_a;
  input     input_a_stb;
  output    input_a_ack;

  output    [31:0] output_z;
  output    output_z_stb;
  input     output_z_ack;

  reg       s_output_z_stb;
  reg       [31:0] s_output_z;
  reg       s_input_a_ack;
  reg       s_input_b_ack;

  reg       [2:0] state;
  parameter get_a         = 3'd0,
            convert_0     = 3'd1,
            convert_1     = 3'd2,
            convert_2     = 3'd3,
            round         = 3'd4,
            pack          = 3'd5,
            put_z         = 3'd6;

  reg [31:0] a, z, value;
  reg [23:0] z_m;
  reg [7:0] z_r;
  reg [7:0] z_e;
  reg z_s;
  reg guard, round_bit, sticky;

  always @(posedge clk)
  begin

    case(state)

      get_a:
      begin
        s_input_a_ack <= 1;
        if (s_input_a_ack && input_a_stb) begin
          a <= input_a;
          s_input_a_ack <= 0;
          state <= convert_0;
        end
      end

      convert_0:
      begin
        if ( a == 0 ) begin
          z_s <= 0;
          z_m <= 0;
          z_e <= -127;
          state <= pack;
        end else begin
          value <= a[31] ? -a : a;
          z_s <= a[31];
          state <= convert_1;
        end
      end

      convert_1:
      begin
        z_e <= 31;
        z_m <= value[31:8];
        z_r <= value[7:0];
        state <= convert_2;
      end

      convert_2:
      begin
        if (!z_m[23]) begin
          z_e <= z_e - 1;
          z_m <= z_m << 1;
          z_m[0] <= z_r[7];
          z_r <= z_r << 1;
        end else begin
          guard <= z_r[7];
          round_bit <= z_r[6];
          sticky <= z_r[5:0] != 0;
          state <= round;
        end
      end

      round:
      begin
        if (guard && (round_bit || sticky || z_m[0])) begin
          z_m <= z_m + 1;
          if (z_m == 24'hffffff) begin
            z_e <=z_e + 1;
          end
        end
        state <= pack;
      end

      pack:
      begin
        z[22 : 0] <= z_m[22:0];
        z[30 : 23] <= z_e + 127;
        z[31] <= z_s;
        state <= put_z;
      end

      put_z:
      begin
        s_output_z_stb <= 1;
        s_output_z <= z;
        if (s_output_z_stb && output_z_ack) begin
          s_output_z_stb <= 0;
          state <= get_a;
        end
      end

    endcase

    if (rst == 1) begin
      state <= get_a;
      s_input_a_ack <= 0;
      s_output_z_stb <= 0;
    end

  end
  assign input_a_ack = s_input_a_ack;
  assign output_z_stb = s_output_z_stb;
  assign output_z = s_output_z;

endmodule

//IEEE Floating Point to Integer Converter (Single Precision)
//Copyright (C) Jonathan P Dawson 2013
//2013-12-12
module float_to_int(
        input_a,
        input_a_stb,
        output_z_ack,
        clk,
        rst,
        output_z,
        output_z_stb,
        input_a_ack);

  input     clk;
  input     rst;

  input     [31:0] input_a;
  input     input_a_stb;
  output    input_a_ack;

  output    [31:0] output_z;
  output    output_z_stb;
  input     output_z_ack;

  reg       s_output_z_stb;
  reg       [31:0] s_output_z;
  reg       s_input_a_ack;

  reg       [2:0] state;
  parameter get_a         = 3'd0,
            special_cases = 3'd1,
            unpack        = 3'd2,
            convert       = 3'd3,
            put_z         = 3'd4;

  reg [31:0] a_m, a, z;
  reg [8:0] a_e;
  reg a_s;

  always @(posedge clk)
  begin

    case(state)

      get_a:
      begin
        s_input_a_ack <= 1;
        if (s_input_a_ack && input_a_stb) begin
          a <= input_a;
          s_input_a_ack <= 0;
          state <= unpack;
        end
      end

      unpack:
      begin
        a_m[31:8] <= {1'b1, a[22 : 0]};
        a_m[7:0] <= 0;
        a_e <= a[30 : 23] - 127;
        a_s <= a[31];
        state <= special_cases;
      end

      special_cases:
      begin
        if ($signed(a_e) == -127) begin
          z <= 0;
          state <= put_z;
        end else if ($signed(a_e) > 31) begin
          z <= 32'h80000000;
          state <= put_z;
        end else begin
          state <= convert;
        end
      end

      convert:
      begin
        if ($signed(a_e) < 31 && a_m) begin
          a_e <= a_e + 1;
          a_m <= a_m >> 1;
        end else begin
          if (a_m[31]) begin
            z <= 32'h80000000;
          end else begin
            z <= a_s ? -a_m : a_m;
          end
          state <= put_z;
        end
      end

      put_z:
      begin
        s_output_z_stb <= 1;
        s_output_z <= z;
        if (s_output_z_stb && output_z_ack) begin
          s_output_z_stb <= 0;
          state <= get_a;
        end
      end

    endcase

    if (rst == 1) begin
      state <= get_a;
      s_input_a_ack <= 0;
      s_output_z_stb <= 0;
    end

  end
  assign input_a_ack = s_input_a_ack;
  assign output_z_stb = s_output_z_stb;
  assign output_z = s_output_z;

endmodule

//Integer to IEEE Floating Point Converter (Double Precision)
//Copyright (C) Jonathan P Dawson 2013
//2013-12-12
module long_to_double(
        input_a,
        input_a_stb,
        output_z_ack,
        clk,
        rst,
        output_z,
        output_z_stb,
        input_a_ack);

  input     clk;
  input     rst;

  input     [63:0] input_a;
  input     input_a_stb;
  output    input_a_ack;

  output    [63:0] output_z;
  output    output_z_stb;
  input     output_z_ack;

  reg       s_output_z_stb;
  reg       [63:0] s_output_z;
  reg       s_input_a_ack;
  reg       s_input_b_ack;

  reg       [2:0] state;
  parameter get_a         = 3'd0,
            convert_0     = 3'd1,
            convert_1     = 3'd2,
            convert_2     = 3'd3,
            round         = 3'd4,
            pack          = 3'd5,
            put_z         = 3'd6;

  reg [63:0] a, z, value;
  reg [52:0] z_m;
  reg [10:0] z_r;
  reg [10:0] z_e;
  reg z_s;
  reg guard, round_bit, sticky;

  always @(posedge clk)
  begin

    case(state)

      get_a:
      begin
        s_input_a_ack <= 1;
        if (s_input_a_ack && input_a_stb) begin
          a <= input_a;
          s_input_a_ack <= 0;
          state <= convert_0;
        end
      end

      convert_0:
      begin
        if ( a == 0 ) begin
          z_s <= 0;
          z_m <= 0;
          z_e <= -1023;
          state <= pack;
        end else begin
          value <= a[63] ? -a : a;
          z_s <= a[63];
          state <= convert_1;
        end
      end

      convert_1:
      begin
        z_e <= 63;
        z_m <= value[63:11];
        z_r <= value[10:0];
        state <= convert_2;
      end

      convert_2:
      begin
        if (!z_m[52]) begin
          z_e <= z_e - 1;
          z_m <= z_m << 1;
          z_m[0] <= z_r[10];
          z_r <= z_r << 1;
        end else begin
          guard <= z_r[10];
          round_bit <= z_r[9];
          sticky <= z_r[8:0] != 0;
          state <= round;
        end
      end

      round:
      begin
        if (guard && (round_bit || sticky || z_m[0])) begin
          z_m <= z_m + 1;
          if (z_m == 53'h1fffffffffffff) begin
            z_e <=z_e + 1;
          end
        end
        state <= pack;
      end

      pack:
      begin
        z[51 : 0] <= z_m[51:0];
        z[62 : 52] <= z_e + 1023;
        z[63] <= z_s;
        state <= put_z;
      end

      put_z:
      begin
        s_output_z_stb <= 1;
        s_output_z <= z;
        if (s_output_z_stb && output_z_ack) begin
          s_output_z_stb <= 0;
          state <= get_a;
        end
      end

    endcase

    if (rst == 1) begin
      state <= get_a;
      s_input_a_ack <= 0;
      s_output_z_stb <= 0;
    end

  end
  assign input_a_ack = s_input_a_ack;
  assign output_z_stb = s_output_z_stb;
  assign output_z = s_output_z;

endmodule

//IEEE Floating Point to Integer Converter (Double Precision)
//Copyright (C) Jonathan P Dawson 2014
//2014-01-11
module double_to_long(
        input_a,
        input_a_stb,
        output_z_ack,
        clk,
        rst,
        output_z,
        output_z_stb,
        input_a_ack);

  input     clk;
  input     rst;

  input     [63:0] input_a;
  input     input_a_stb;
  output    input_a_ack;

  output    [63:0] output_z;
  output    output_z_stb;
  input     output_z_ack;

  reg       s_output_z_stb;
  reg       [63:0] s_output_z;
  reg       s_input_a_ack;

  reg       [2:0] state;
  parameter get_a         = 3'd0,
            special_cases = 3'd1,
            unpack        = 3'd2,
            convert       = 3'd3,
            put_z         = 3'd4;

  reg [63:0] a_m, a, z;
  reg [11:0] a_e;
  reg a_s;

  always @(posedge clk)
  begin

    case(state)

      get_a:
      begin
        s_input_a_ack <= 1;
        if (s_input_a_ack && input_a_stb) begin
          a <= input_a;
          s_input_a_ack <= 0;
          state <= unpack;
        end
      end

      unpack:
      begin
        a_m[63:11] <= {1'b1, a[51 : 0]};
        a_m[10:0] <= 0;
        a_e <= a[62 : 52] - 1023;
        a_s <= a[63];
        state <= special_cases;
      end

      special_cases:
      begin
        if ($signed(a_e) == -1023) begin
          //zero
          z <= 0;
          state <= put_z;
        end else if ($signed(a_e) == 1024 && a[51:0] != 0) begin
          //nan
          z <= 64'h8000000000000000;
          state <= put_z;
        end else if ($signed(a_e) > 63) begin
          //too big
          if (a_s) begin
              z <= 64'h8000000000000000;
          end else begin
              z <= 64'h0000000000000000;
          end
          state <= put_z;
        end else begin
          state <= convert;
        end
      end

      convert:
      begin
        if ($signed(a_e) < 63 && a_m) begin
          a_e <= a_e + 1;
          a_m <= a_m >> 1;
        end else begin
          if (a_m[63] && a_s) begin
            z <= 64'h8000000000000000;
          end else begin
            z <= a_s ? -a_m : a_m;
          end
          state <= put_z;
        end
      end

      put_z:
      begin
        s_output_z_stb <= 1;
        s_output_z <= z;
        if (s_output_z_stb && output_z_ack) begin
          s_output_z_stb <= 0;
          state <= get_a;
        end
      end

    endcase

    if (rst == 1) begin
      state <= get_a;
      s_input_a_ack <= 0;
      s_output_z_stb <= 0;
    end

  end
  assign input_a_ack = s_input_a_ack;
  assign output_z_stb = s_output_z_stb;
  assign output_z = s_output_z;

endmodule

//Integer to IEEE Floating Point Converter (Double Precision)
//Copyright (C) Jonathan P Dawson 2013
//2013-12-12
module float_to_double(
        input_a,
        input_a_stb,
        output_z_ack,
        clk,
        rst,
        output_z,
        output_z_stb,
        input_a_ack);

  input     clk;
  input     rst;

  input     [31:0] input_a;
  input     input_a_stb;
  output    input_a_ack;

  output    [63:0] output_z;
  output    output_z_stb;
  input     output_z_ack;

  reg       s_output_z_stb;
  reg       [63:0] s_output_z;
  reg       s_input_a_ack;
  reg       s_input_b_ack;

  reg       [1:0] state;
  parameter get_a         = 3'd0,
            convert_0     = 3'd1,
            normalise_0   = 3'd2,
            put_z         = 3'd3;

  reg [63:0] z;
  reg [10:0] z_e;
  reg [52:0] z_m;
  reg [31:0] a;

  always @(posedge clk)
  begin

    case(state)

      get_a:
      begin
        s_input_a_ack <= 1;
        if (s_input_a_ack && input_a_stb) begin
          a <= input_a;
          s_input_a_ack <= 0;
          state <= convert_0;
        end
      end

      convert_0:
      begin
        z[63] <= a[31];
        z[62:52] <= (a[30:23] - 127) + 1023;
        z[51:0] <= {a[22:0], 29'd0};
        if (a[30:23] == 255) begin
            z[62:52] <= 2047;
        end
        state <= put_z;
        if (a[30:23] == 0) begin
            if (a[23:0]) begin
                state <= normalise_0;
                z_e <= 897;
                z_m <= {1'd0, a[22:0], 29'd0};
            end
            z[62:52] <= 0;
        end
      end

      normalise_0:
      begin
        if (z_m[52]) begin
          z[62:52] <= z_e;
          z[51:0] <= z_m[51:0];
          state <= put_z;
        end else begin
          z_m <= {z_m[51:0], 1'd0};
          z_e <= z_e - 1;
        end
      end

      put_z:
      begin
        s_output_z_stb <= 1;
        s_output_z <= z;
        if (s_output_z_stb && output_z_ack) begin
          s_output_z_stb <= 0;
          state <= get_a;
        end
      end

    endcase

    if (rst == 1) begin
      state <= get_a;
      s_input_a_ack <= 0;
      s_output_z_stb <= 0;
    end

  end
  assign input_a_ack = s_input_a_ack;
  assign output_z_stb = s_output_z_stb;
  assign output_z = s_output_z;

endmodule

//IEEE Floating Point to Integer Converter (Double Precision)
//Copyright (C) Jonathan P Dawson 2014
//2014-01-11
module double_to_float(
        input_a,
        input_a_stb,
        output_z_ack,
        clk,
        rst,
        output_z,
        output_z_stb,
        input_a_ack);

  input     clk;
  input     rst;

  input     [63:0] input_a;
  input     input_a_stb;
  output    input_a_ack;

  output    [31:0] output_z;
  output    output_z_stb;
  input     output_z_ack;

  reg       s_output_z_stb;
  reg       [31:0] s_output_z;
  reg       s_input_a_ack;

  reg       [1:0] state;
  parameter get_a         = 3'd0,
            unpack        = 3'd1,
            denormalise   = 3'd2,
            put_z         = 3'd3;

  reg [63:0] a;
  reg [31:0] z;
  reg [10:0] z_e;
  reg [23:0] z_m;
  reg guard;
  reg round;
  reg sticky;

  always @(posedge clk)
  begin

    case(state)

      get_a:
      begin
        s_input_a_ack <= 1;
        if (s_input_a_ack && input_a_stb) begin
          a <= input_a;
          s_input_a_ack <= 0;
          state <= unpack;
        end
      end

      unpack:
      begin
        z[31] <= a[63];
        state <= put_z;
        if (a[62:52] == 0) begin
            z[30:23] <= 0;
            z[22:0] <= 0;
        end else if (a[62:52] < 897) begin
            z[30:23] <= 0;
            z_m <= {1'd1, a[51:29]};
            z_e <= a[62:52];
            guard <= a[28];
            round <= a[27];
            sticky <= a[26:0] != 0;
            state <= denormalise;
        end else if (a[62:52] == 2047) begin
            z[30:23] <= 255;
            z[22:0] <= 0;
            if (a[51:0]) begin
                z[22] <= 1;
            end
        end else if (a[62:52] > 1150) begin
            z[30:23] <= 255;
            z[22:0] <= 0;
        end else begin
            z[30:23] <= (a[62:52] - 1023) + 127;
            if (a[28] && (a[27] || a[26:0])) begin
                z[22:0] <= a[51:29] + 1;
            end else begin
                z[22:0] <= a[51:29];
            end
        end
      end

      denormalise:
      begin
        if (z_e == 897 || (z_m == 0 && guard == 0)) begin
            state <= put_z;
            z[22:0] <= z_m;
            if (guard && (round || sticky)) begin
                z[22:0] <= z_m + 1;
            end
        end else begin
            z_e <= z_e + 1;
            z_m <= {1'd0, z_m[23:1]};
            guard <= z_m[0];
            round <= guard;
            sticky <= sticky | round;
        end
      end

      put_z:
      begin
        s_output_z_stb <= 1;
        s_output_z <= z;
        if (s_output_z_stb && output_z_ack) begin
          s_output_z_stb <= 0;
          state <= get_a;
        end
      end

    endcase

    if (rst == 1) begin
      state <= get_a;
      s_input_a_ack <= 0;
      s_output_z_stb <= 0;
    end

  end
  assign input_a_ack = s_input_a_ack;
  assign output_z_stb = s_output_z_stb;
  assign output_z = s_output_z;

endmodule